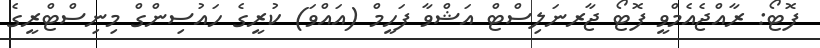
ފޮޓޯ: ރާއްޖެއެމްވީ ފޮޓޯ ޖާރނަލިސްޓް އަޝްވާ ފަހީމް (އައްވަ) ކުރީގެ ހައުސިންގް މިނިސްޓްރީގެ